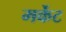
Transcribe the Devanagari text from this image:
मर्केट